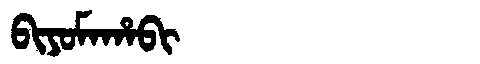
Manchu: ᠪᡳᠶᠣᠮᠠᡥᠠᠪᡳ
Romanization: BIYOMAHABI